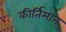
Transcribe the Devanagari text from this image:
कीर्तिमान्